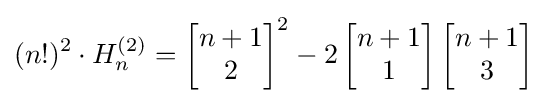
(n!)^{2}\cdot H_{n}^{(2)}=\left[{\begin{matrix}n+1\\2\end{matrix}}\right]^{2}-2\left[{\begin{matrix}n+1\\1\end{matrix}}\right]\left[{\begin{matrix}n+1\\3\end{matrix}}\right]